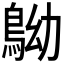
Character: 𪀂